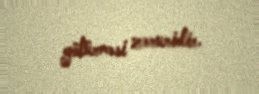
götürməsi zəruridir.